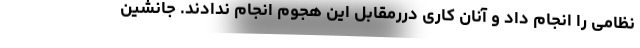
نظامی را انجام داد و آنان کاری دررمقابل این هجوم انجام ندادند. جانشین